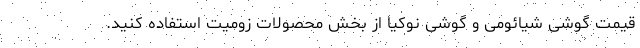
قیمت گوشی شیائومی و گوشی نوکیا از بخش محصولات زومیت استفاده کنید.